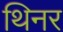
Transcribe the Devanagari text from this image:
थिनर